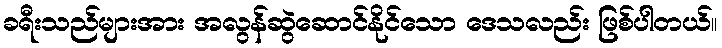
ခရီးသည်များအား အလွန်ဆွဲဆောင်နိုင်သော ဒေသလည်း ဖြစ်ပါတယ်။